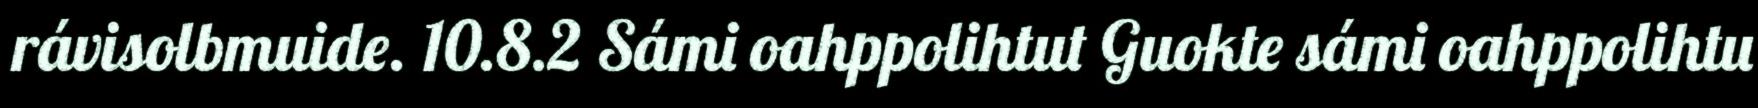
rávisolbmuide. 10.8.2 Sámi oahppolihtut Guokte sámi oahppolihtu